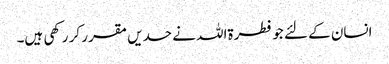
انسان کے لئے جو فطرۃاللہ نے حدیں مقرر کر رکھی ہیں۔